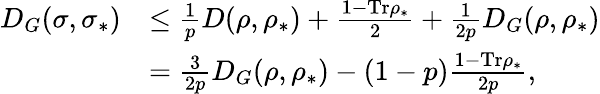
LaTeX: \begin{array}{rl}{D_{G}(\sigma,\sigma_{\ast})}&{\leq\frac{1}{p}D(\rho,\rho_{\ast})+\frac{1-\mathrm{Tr}\rho_{\ast}}{2}+\frac{1}{2p}D_{G}(\rho,\rho_{\ast})}\\ &{=\frac{3}{2p}D_{G}(\rho,\rho_{\ast})-(1-p)\frac{1-\mathrm{Tr}\rho_{\ast}}{2p},}\end{array}